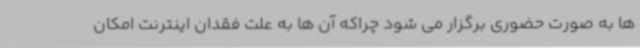
ها به صورت حضوری برگزار می شود چراکه آن ها به علت فقدان اینترنت امکان